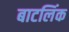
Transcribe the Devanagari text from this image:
बाटलिंक